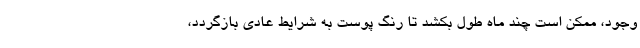
وجود، ممکن است چند ماه طول بکشد تا رنگ پوست به شرایط عادی بازگردد،